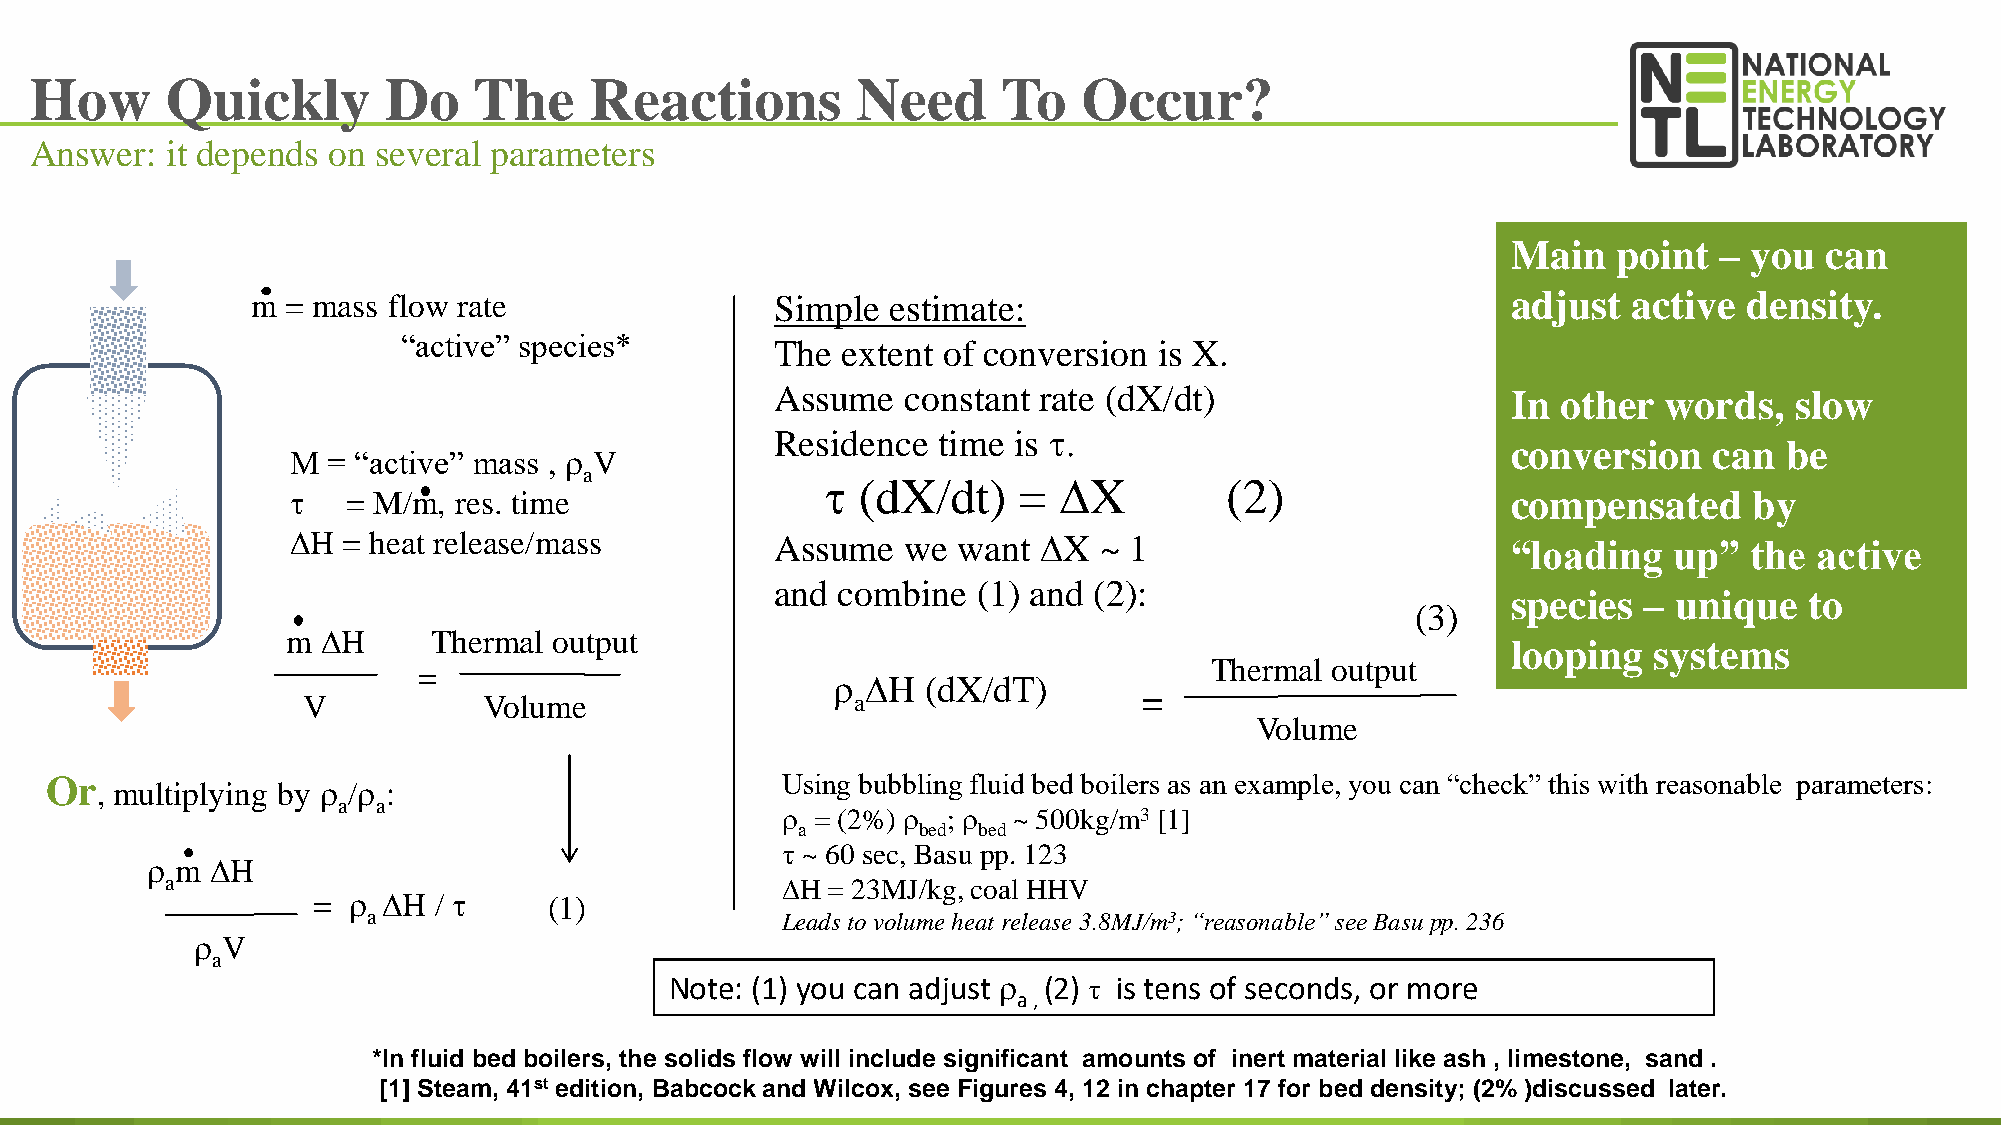
How      Quickly        Do   The     Reactions         Need     To    Occur?
 Answer:  it depends on several parameters
 Main   point  – you  can
 m = mass flow rate                Simple  estimate:                                adjust  active  density.
 “active” species*       The  extent of conversion is X.
 Assume   constant rate (dX/dt)                   In other  words,   slow
 Residence  time is t.
 conversion   can  be
 M  = “active” mass , r V
 a
 t (dX/dt)   =  DX         (2)
 t   = M/m, res. time                                                             compensated     by
 DH  = heat release/mass         Assume   we want  DX  ~ 1                        “loading   up”  the active
 and combine   (1) and (2):
 species  – unique   to
 (3)
 m DH      Thermal output
 looping  systems
 Thermal output
 =
 r DH  (dX/dT)
 =
 V           Volume                  a
 Volume
 Or                                               Using bubbling fluid bed boilers as an example, you can “check” this with reasonable parameters:
 , multiplying by r /r :
 a  a
 r = (2%) r ; r ~ 500kg/m3 [1]
 a       bed bed
 t ~ 60 sec, Basu pp. 123
 r m DH
 a                                        DH = 23MJ/kg, coal HHV
 = r DH  / t    (1)
 a                           Leads to volume heat release 3.8MJ/m3; “reasonable” see Basupp. 236
 r V
 a
 Note: (1) you can adjust r (2) t is tens of seconds, or more
 a,
 *In fluid bed boilers, the solids flow will include significant amounts of inert material like ash , limestone, sand .
 47
 [1] Steam, 41st edition, Babcock and Wilcox, see Figures 4, 12 in chapter 17 for bed density; (2% )discussed later.